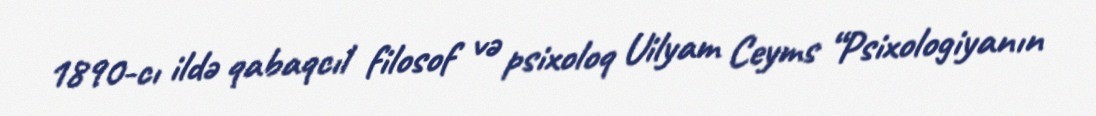
1890-cı ildə qabaqcıl filosof və psixoloq Uilyam Ceyms “Psixologiyanın